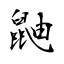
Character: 鼬